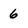
Character: 6